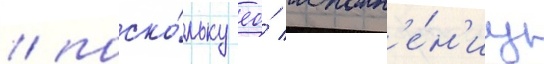
/ поско́льку ео́ исполн'е́н'иу